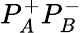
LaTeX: P_{A}^{+}P_{B}^{-}